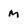
Character: M